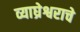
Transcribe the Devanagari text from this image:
व्याघ्रेश्वराचे